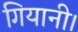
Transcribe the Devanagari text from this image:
गियानी।